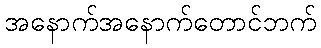
အနောက်အနောက်တောင်ဘက်